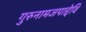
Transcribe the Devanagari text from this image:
गुरुनामजपाद्देवि